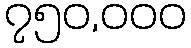
၇၅၀,၀၀၀